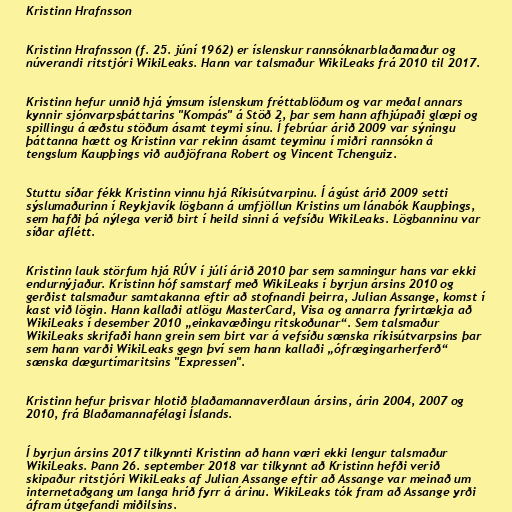
Kristinn Hrafnsson

Kristinn Hrafnsson (f. 25. júní 1962) er íslenskur rannsóknarblaðamaður og
núverandi ritstjóri WikiLeaks. Hann var talsmaður WikiLeaks frá 2010 til 2017.

Kristinn hefur unnið hjá ýmsum íslenskum fréttablöðum og var meðal annars
kynnir sjónvarpsþáttarins "Kompás" á Stöð 2, þar sem hann afhjúpaði glæpi og
spillingu á æðstu stöðum ásamt teymi sínu. Í febrúar árið 2009 var sýningu
þáttanna hætt og Kristinn var rekinn ásamt teyminu í miðri rannsókn á
tengslum Kaupþings við auðjöfrana Robert og Vincent Tchenguiz.

Stuttu síðar fékk Kristinn vinnu hjá Ríkisútvarpinu. Í ágúst árið 2009 setti
sýslumaðurinn í Reykjavík lögbann á umfjöllun Kristins um lánabók Kaupþings,
sem hafði þá nýlega verið birt í heild sinni á vefsíðu WikiLeaks. Lögbanninu var
síðar aflétt.

Kristinn lauk störfum hjá RÚV í júlí árið 2010 þar sem samningur hans var ekki
endurnýjaður. Kristinn hóf samstarf með WikiLeaks í byrjun ársins 2010 og
gerðist talsmaður samtakanna eftir að stofnandi þeirra, Julian Assange, komst í
kast við lögin. Hann kallaði atlögu MasterCard, Visa og annarra fyrirtækja að
WikiLeaks í desember 2010 „einkavæðingu ritskoðunar“. Sem talsmaður
WikiLeaks skrifaði hann grein sem birt var á vefsíðu sænska ríkisútvarpsins þar
sem hann varði WikiLeaks gegn því sem hann kallaði „ófrægingarherferð“
sænska dægurtímaritsins "Expressen".

Kristinn hefur þrisvar hlotið blaðamannaverðlaun ársins, árin 2004, 2007 og
2010, frá Blaðamannafélagi Íslands.

Í byrjun ársins 2017 tilkynnti Kristinn að hann væri ekki lengur talsmaður
WikiLeaks. Þann 26. september 2018 var tilkynnt að Kristinn hefði verið
skipaður ritstjóri WikiLeaks af Julian Assange eftir að Assange var meinað um
internetaðgang um langa hríð fyrr á árinu. WikiLeaks tók fram að Assange yrði
áfram útgefandi miðilsins.